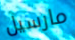
مارسيل